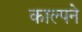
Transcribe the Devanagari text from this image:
काल्पने